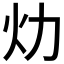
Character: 𱪢